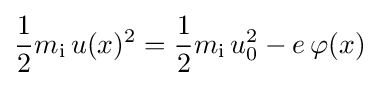
{\frac {1}{2}}m_{\mathrm {i} }\,u(x)^{2}={\frac {1}{2}}m_{\mathrm {i} }\,u_{0}^{2}-e\,\varphi (x)